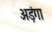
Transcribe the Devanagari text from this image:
अड़ंगा